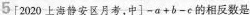
5[2020上海静安区月考，中]-a+b-c的相反数是